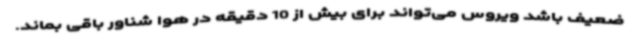
ضعیف باشد ویروس می‌تواند برای بیش از 10 دقیقه در هوا شناور باقی بماند.